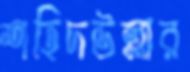
শহিদউল্লার